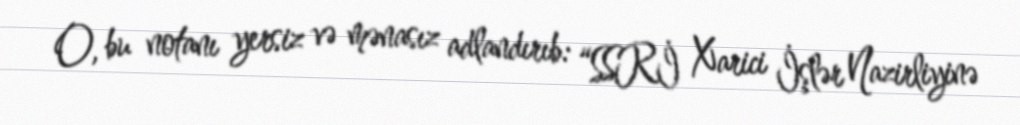
O, bu notanı yersiz və mənasız adlandırıb: “SSRİ Xarici İşlər Nazirliyinə